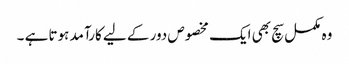
وہ مکمل سچ بھی ایک مخصوص دور کے لیے کارآمد ہوتا ہے ۔